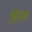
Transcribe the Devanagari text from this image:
सिस्क